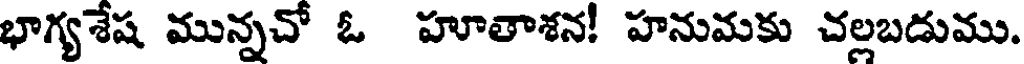
భాగ్యశేష మున్నచో ఓ హూతాశన! హనుమకు చల్లబడుము.